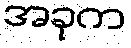
အခုက